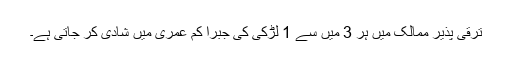
ترقی پذیر ممالک میں ہر 3 میں سے 1 لڑکی کی جبراً کم عمری میں شادی کر جاتی ہے۔